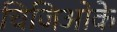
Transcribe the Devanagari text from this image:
चिजिओके